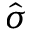
\hat { \sigma }